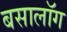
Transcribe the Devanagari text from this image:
बसालॉग